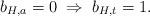
LaTeX: \begin{align*}b_{H,a}=0 \;\Rightarrow\; b_{H,t}=1.\end{align*}